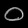
Digit: ၀